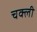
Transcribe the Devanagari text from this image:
चक्ली